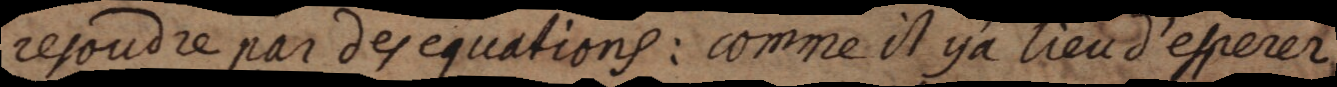
resoudre par des equations: comme il ya lieu d’esperer